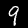
Digit: 9